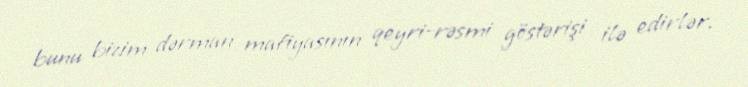
bunu bizim dərman mafiyasının qeyri-rəsmi göstərişi ilə edirlər.